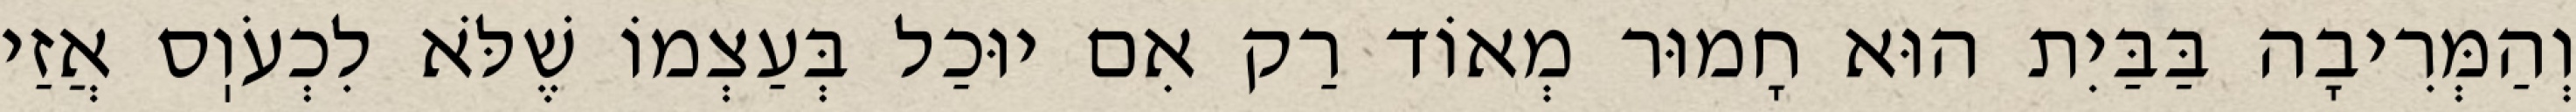
וְהַמְּרִיבָה בַּבַּיִת הוּא חָמוּר מְאוֹד רַק אִם יוּכַל בְּעַצְמוֹ שֶׁלֹּא לִכְעֹוֽס אֲזַי